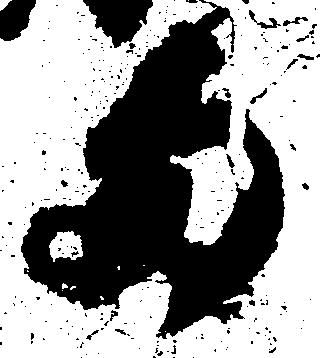
当